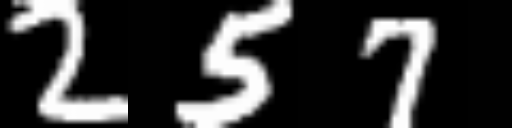
Text: 257